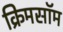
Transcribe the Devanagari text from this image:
क्रिमसॉम